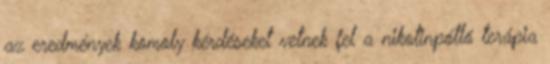
az eredmények komoly kérdéseket vetnek fel a nikotinpótló terápia